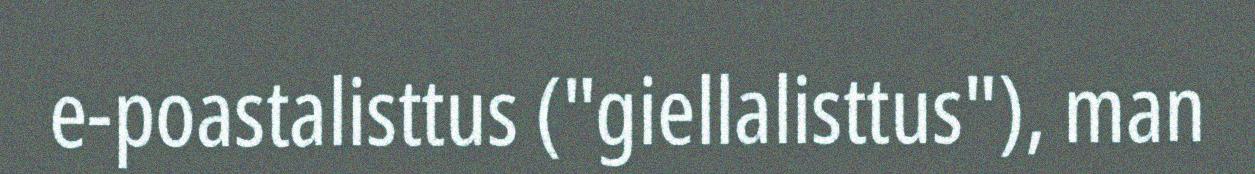
e-poastalisttus ("giellalisttus"), man